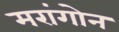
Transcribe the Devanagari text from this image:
मरांगोन